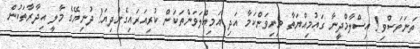
ތަނަވަސްވި! އިސްލާމްދީނާ ގައުމިއްޔަތާ މިނިވަންކަމާ އަދި އަމިއްލަވަންތަކަން ކުރިއަރައިގެންދިޔަ! ދުނިޔޭގެ މާލީ އިދާރާތަކުން